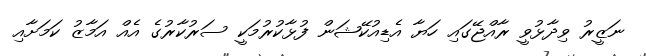
ނަޒީރު ވިދާޅުވީ ރާއްޖޭގައި ހަޔާ އެޑިއުކޭޝަން ފުޅާކުރުމަކީ ސަރުކާރުގެ އެއް އަމާޒު ކަމަށާއި